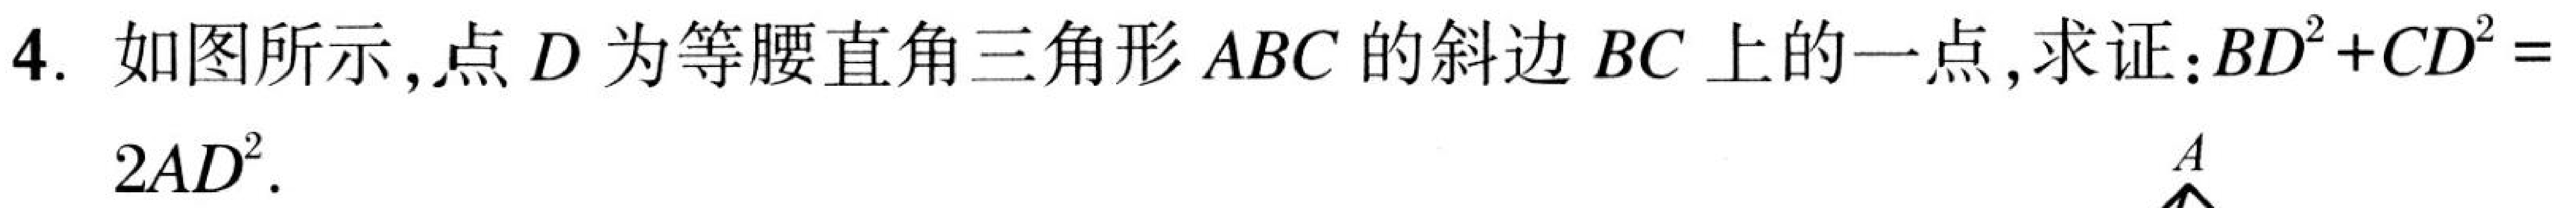
4. 如图所示,点\(D\)为等腰直角三角形\(ABC\)的斜边\(BC\)上的一点,求证:\(BD^{2}+CD^{2}=2AD^{2}\).